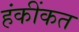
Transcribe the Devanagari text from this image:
हंकींकत